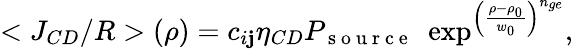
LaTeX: <J_{CD}/R>(\rho)=c_{i\mathbf{j}}\eta_{CD}P_{\mathrm{{~s~o~u~r~c~e~}}}\, \, \exp^{\left(\frac{{\rho-\rho_{0}}}{{w_{0}}}\right)^{n_{ge}}},